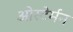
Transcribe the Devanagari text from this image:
ओस्टेर्मन